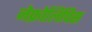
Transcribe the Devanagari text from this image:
नेफ्रोलिपिस